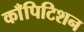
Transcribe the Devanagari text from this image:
काँपिटिशन